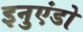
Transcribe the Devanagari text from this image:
इनुएंडो